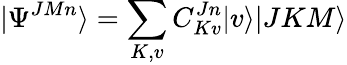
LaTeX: \vert\Psi^{JMn}\rangle=\sum_{K,v}{C_{Kv}^{Jn}\vert v\rangle\vert JKM\rangle}